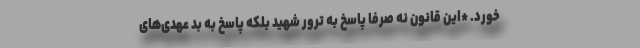
خورد. *این قانون نه صرفا پاسخ به ترور شهید بلکه پاسخ به بد عهدی‌های